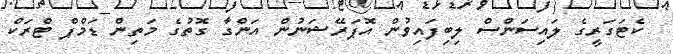
ކެޓަގަރީގެ ލައިސަންސް ލިބިފައިވުން އޮޕަރޭޝަނުން އަންގާ ގޮތުގެ މަތިން ޑަމްޕް ޓްރަކް